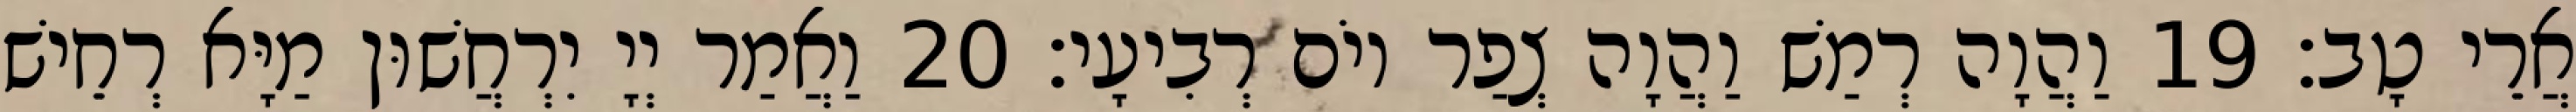
אֲרֵי טָב׃ 19 וַהֲוָה רְמַשׁ וַהֲוָה צְפַר יוֹם רְבִיעָי׃ 20 וַאֲמַר יְיָ יִרְחֲשׁוּן מַיָּא רְחֵישׁ